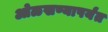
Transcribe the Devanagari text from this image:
ओळखण्यापर्यंत